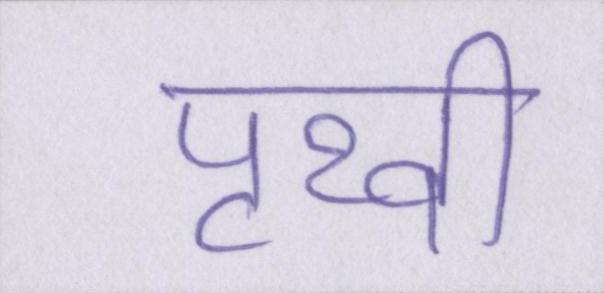
पृथ्वी